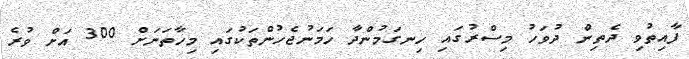
ފާއިތުވި ދެތިން ދުވަހު މިސްރުގައި ހިނގަމުންދާ ހަމަނުޖެހުންތަކުގައި މިހާތަނަށް 300 އަށް ވުރެ